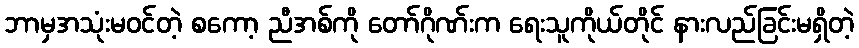
ဘာမှအသုံးမဝင်တဲ့ စကော့ ညီအစ်ကို တော်ဂိုဏ်းက ရေးသူကိုယ်တိုင် နားလည်ခြင်းမရှိတဲ့